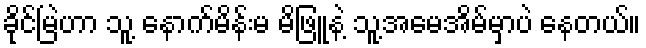
ခိုင်မြဲဟာ သူ့ နောက်မိန်းမ မိဖြူနဲ့ သူ့အမေအိမ်မှာပဲ နေတယ်။